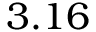
3 . 1 6